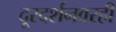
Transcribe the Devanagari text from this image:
दूरदर्शनवरही